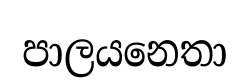
පාලයනෙතා